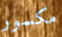
مكسور